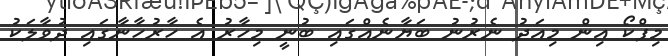
މިފްކޯ އިން މިއަދު ނެރުނު ބަޔާނެއްގައި ބުނީ މިހާރު އެ ހާރުހާނާގައި ދުވާލަކު